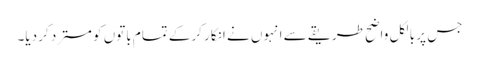
جس پر بالکل واضح طریقے سے انہوں نے انکار کرکے تمام باتوں کو مسترد کر دیا۔